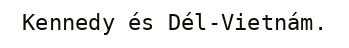
Kennedy és Dél-Vietnám.